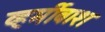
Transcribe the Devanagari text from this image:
व्हर्मीवाश